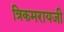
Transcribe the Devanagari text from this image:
त्रिकमरायजी